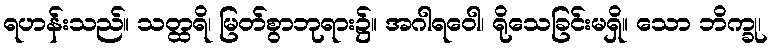
ရဟန်းသည်။ သတ္ထရိ၊ မြတ်စွာဘုရား၌။ အဂါရဝေါ၊ ရိုသေခြင်းမရှိ။ သော ဘိက္ခု၊